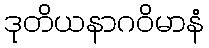
ဒုတိယနာဂဝိမာနံ